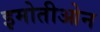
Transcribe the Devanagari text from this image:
इमोतीओन